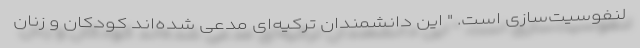
لنفوسیت‌سازی است. " این دانشمندان ترکیه‌ای مدعی شده‌اند کودکان و زنان